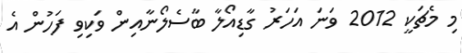
މި މެޗަކީ 2012 ވަނަ އަހަރު ގާޑިއޯލާ ބާސެލޯނާއިން ވަކިވި ފަހުން އެ